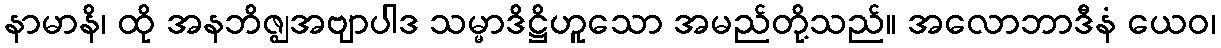
နာမာနိ၊ ထို အနဘိဇ္ဈအဗျာပါဒ သမ္မာဒိဋ္ဌိဟူသော အမည်တို့သည်။ အလောဘာဒီနံ ယေဝ၊